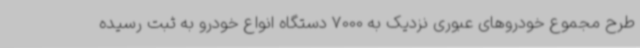
طرح مجموع خودروهای عبوری نزدیک به 7000 دستگاه انواع خودرو به ثبت رسیده